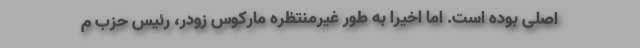
اصلی بوده است. اما اخیرا به طور غیرمنتظره مارکوس زودر، رئیس حزب م